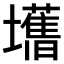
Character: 𫮾